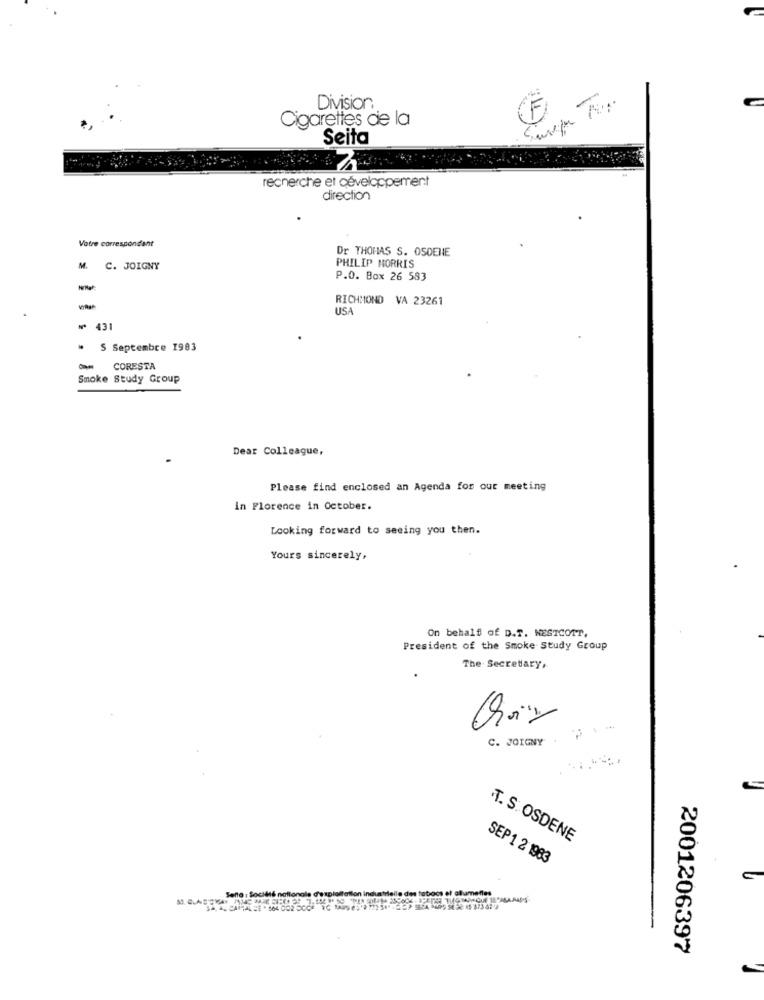
Division
F
Cigarettes de la
Seita
recherche et développement
direction
Votre correspondant
Dr THOMAS S. OSDENE
M.
C. JOIGNY
PHILIP MORRIS
P.O. Box 26 583
RICHMOND VA 23261
USA
₩ 431
* S Septembre 1983
-
CORESTA
Smoke Study Group
Dear Colleague,
Please find enclosed an Agenda for our meeting
in Florence in October.
Looking forward to seeing you then.
Yours sincerely,
On behalf of D.T. WESTCOTT,
President of the Smoke Study Group
The Secretary,
C. JOIGNY
.T. S. OSDENE
SEP1 2 1983
Senta : Société nationale d'exploitation industrie
kamenles
2001206397